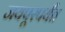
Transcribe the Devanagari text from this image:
जयपूरपर्यंत